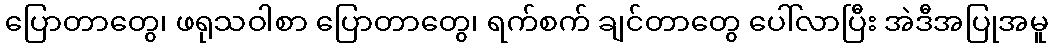
ပြောတာတွေ၊ ဖရုသဝါစာ ပြောတာတွေ၊ ရက်စက် ချင်တာတွေ ပေါ်လာပြီး အဲဒီအပြုအမူ